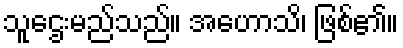
သူဌေးမည်သည်။ အဟောသိ၊ ဖြစ်၏။